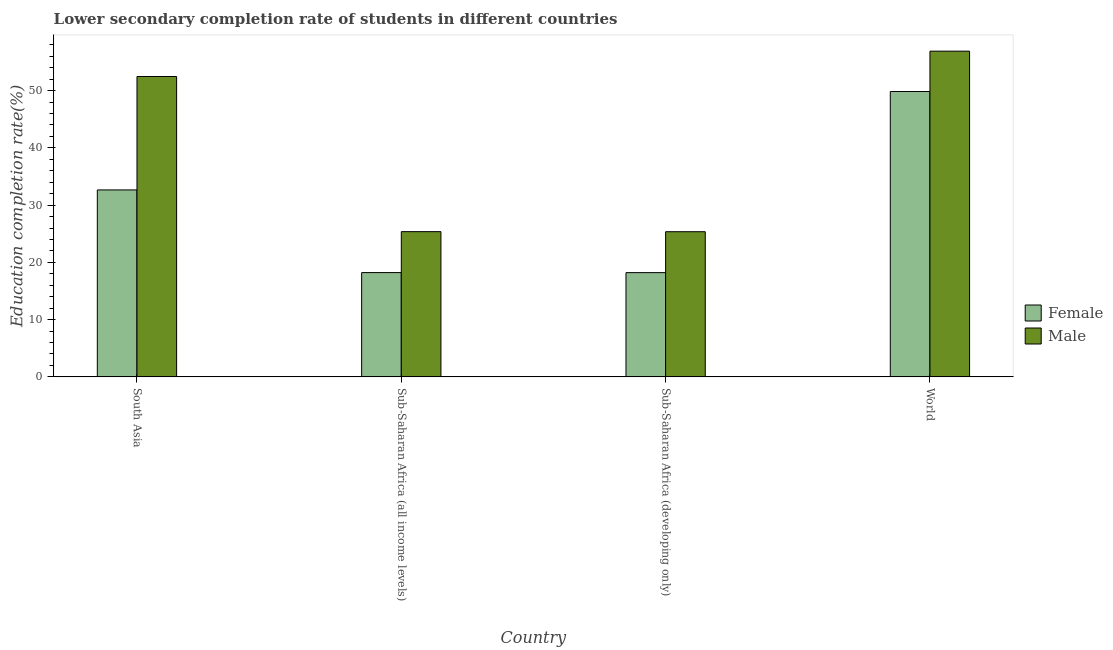
| Country | Female | Male |
 | --- | --- | --- |
 | South Asia | 32.6 | 52.5 |
 | Sub-Saharan Africa (all income levels) | 18.2 | 25.4 |
 | Sub-Saharan Africa (developing only) | 18.2 | 25.4 |
 | World | 49.8 | 56.9 |